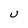
Character: U